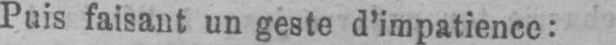
Puis faisant un geste d’impatience: